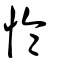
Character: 惀